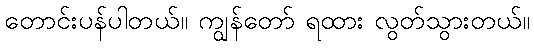
တောင်းပန်ပါတယ်။ ကျွန်တော် ရထား လွတ်သွားတယ်။